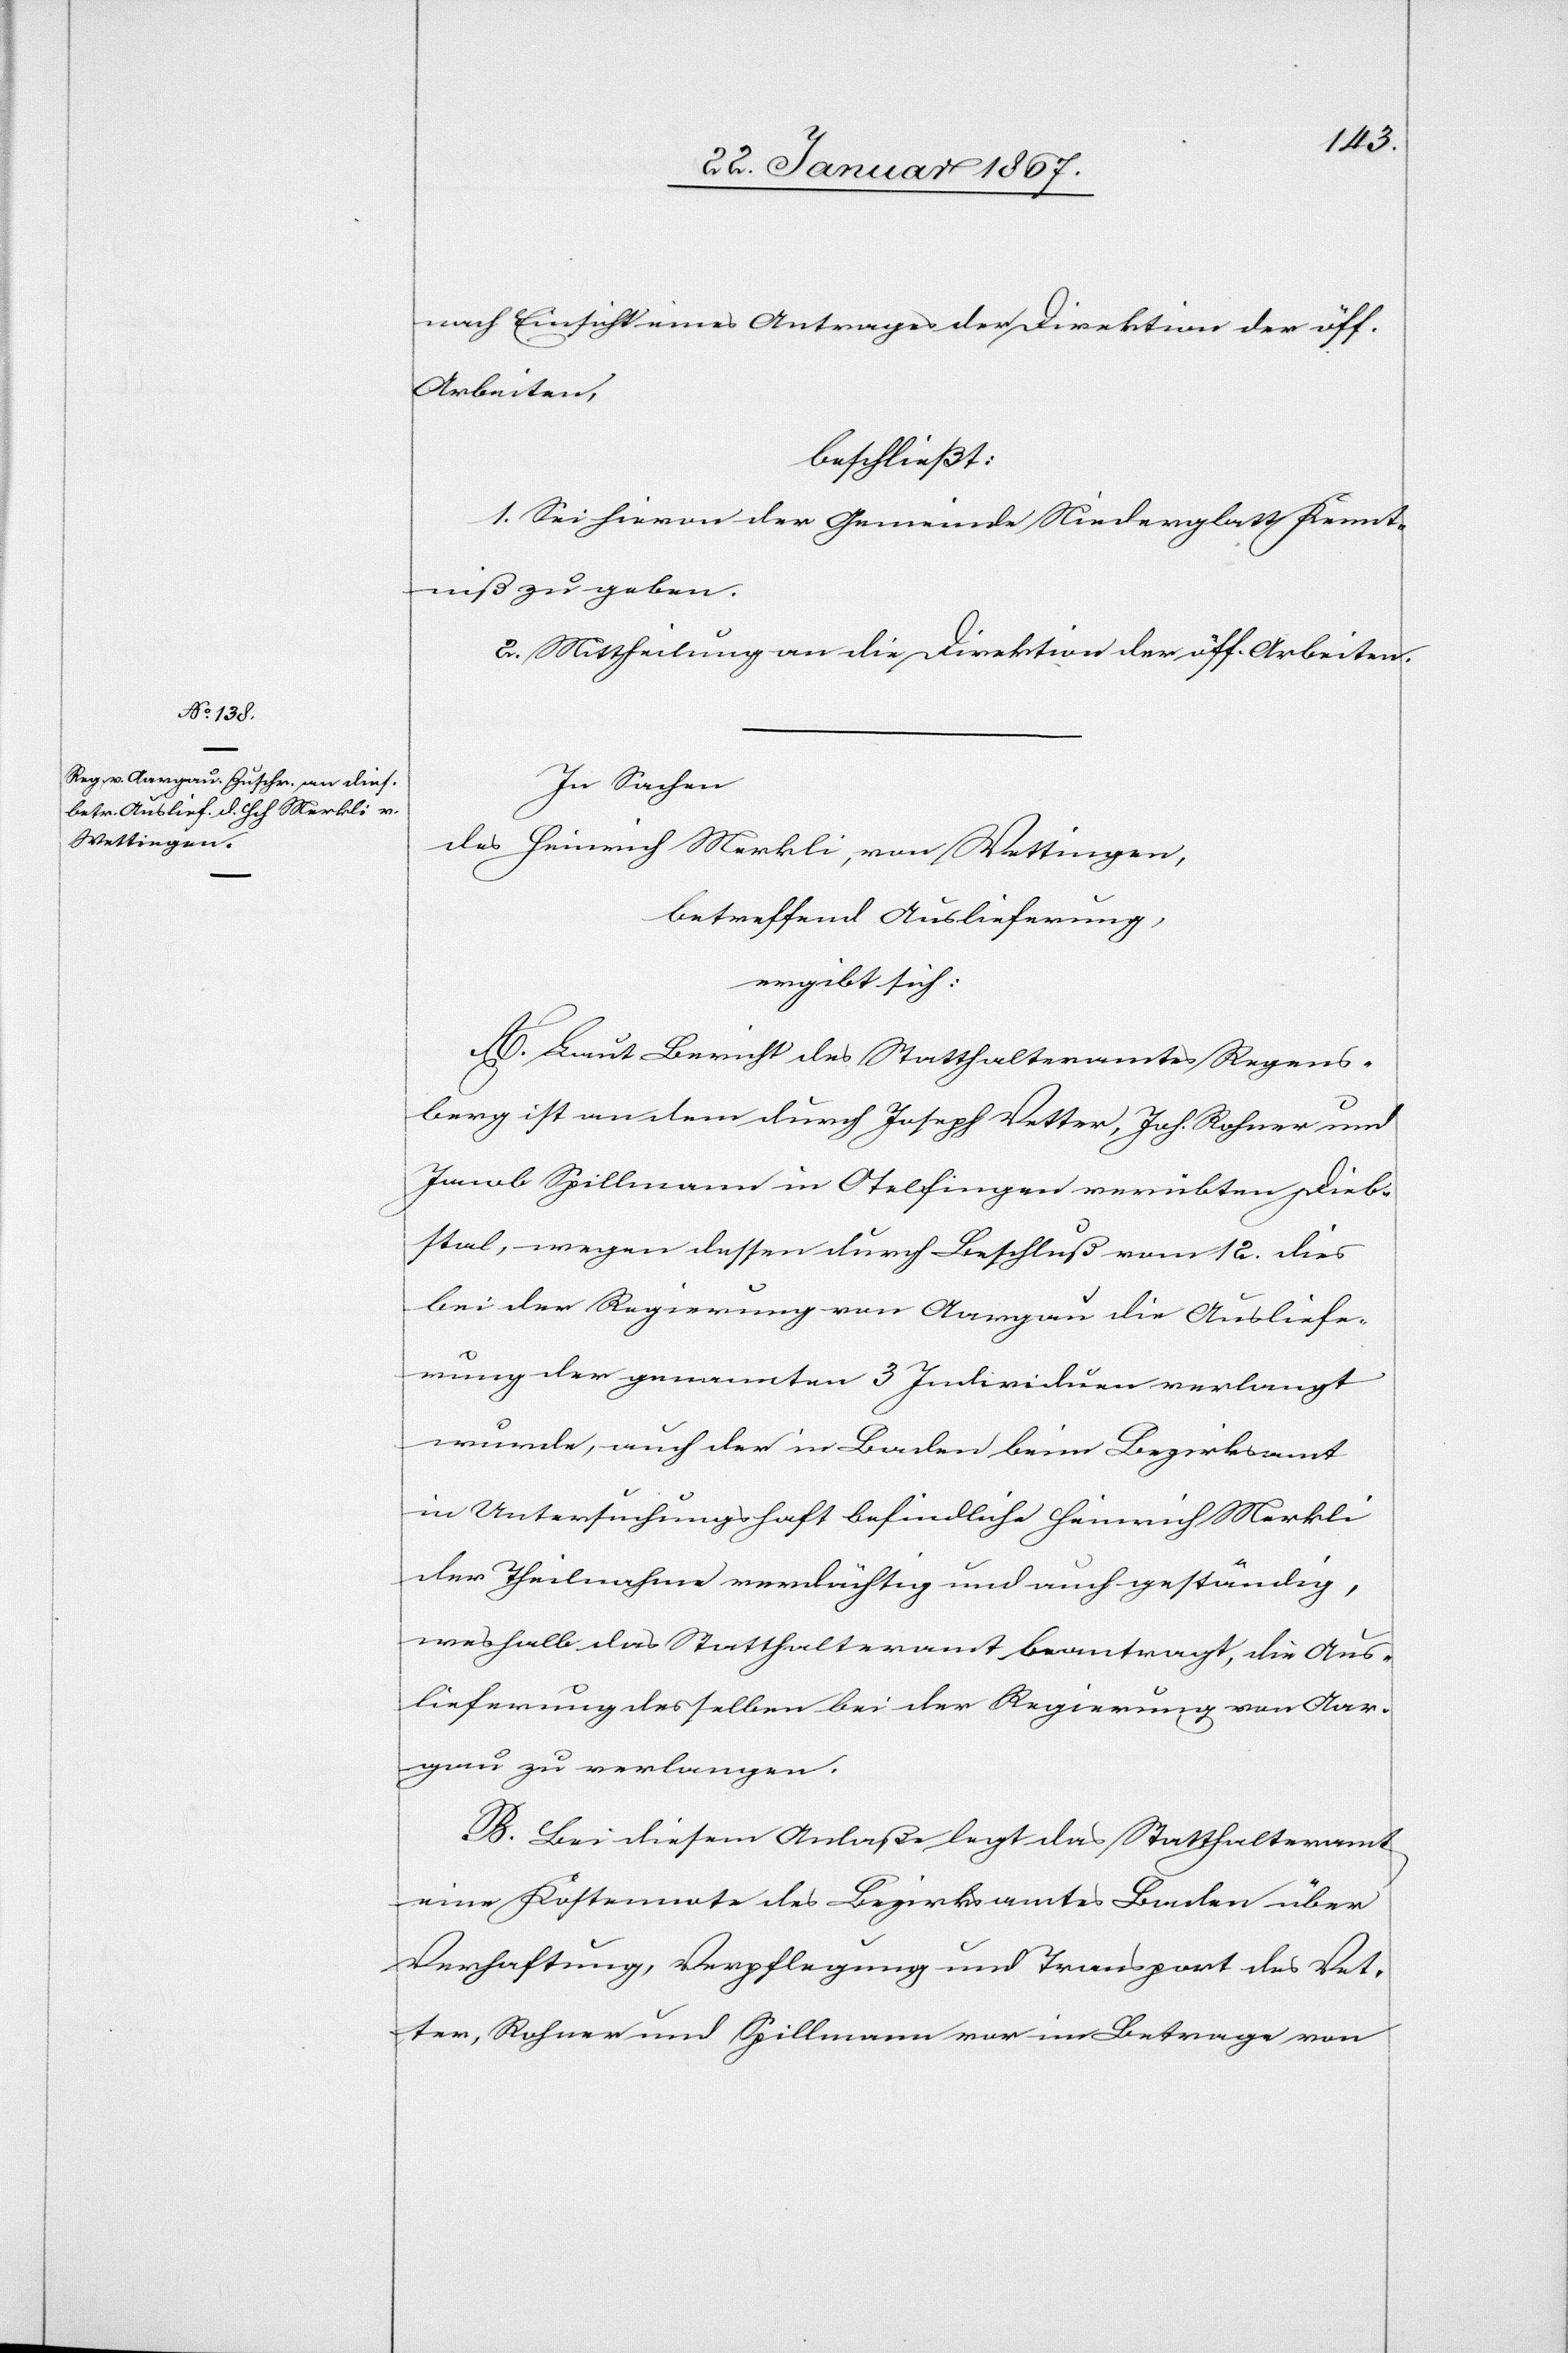
nach Einsicht eines Antrages der Direktion der öff.
Arbeiten,
beschließt:
1. Sei hievon der Gemeinde Niederglatt Kennt¬
niß zu geben.
2. Mittheilung an die Direktion der öff. Arbeiten.
In Sachen
des Heinrich Merkli, von Wettingen,
betreffend Auslieferung,
ergibt sich:
A. Laut Bericht des Statthalteramtes Regens¬
berg ist an dem durch Joseph Vetter, Joh. Rohner und
Jacob Spillmann in Otelfingen verübten Dieb¬
stahl, wegen dessen durch Beschluß vom 12. dies
bei der Regierung von Aargau die Ausliefe¬
rung der genannten 3 Individuen verlangt
wurde, auch der in Baden beim Bezirksamt
in Untersuchungshaft befindliche Heinrich Merkli
der Theilnahme verdächtig und auch geständig,
weshalb das Statthalteramt beantragt, die Aus¬
lieferung desselben bei der Regierung von Aar¬
gau zu verlangen.
B. Bei diesem Anlaße legt das Statthalteramt
eine Kostennote des Bezirksamtes Baden über
Verhaftung, Verpflegung und Transport des Vet¬
ter, Rohner und Spillmann vor im Betrage von